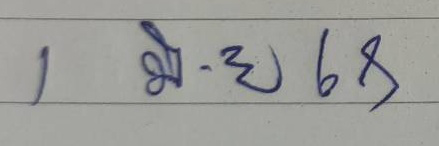
1 มิ.ย. 68